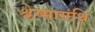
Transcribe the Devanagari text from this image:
श्लेष्माग्रंथि